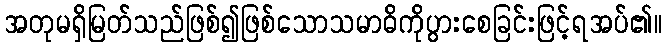
အတုမရှိမြတ်သည်ဖြစ်၍ဖြစ်သောသမာဓိကိုပွားစေခြင်းဖြင့်ရအပ်၏။